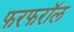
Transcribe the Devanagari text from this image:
फरफरॉल